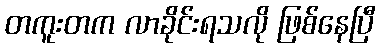
တကူးတက လာခိုင်းရသလို ဖြစ်နေပြီ